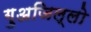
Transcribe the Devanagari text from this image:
गुअजिल्लो